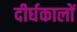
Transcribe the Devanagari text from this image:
दीर्घकालों